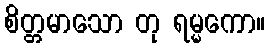
စိတ္တမာသော တု ရမ္မကော။